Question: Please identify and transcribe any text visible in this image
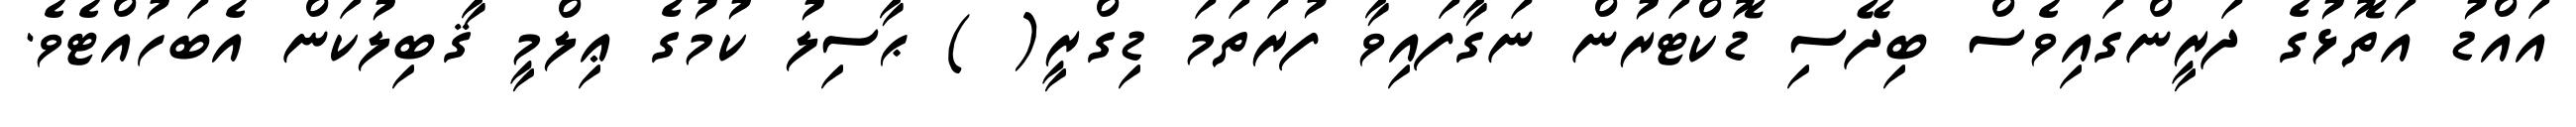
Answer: އައްޑު އަތޮޅުގެ ދަރީންގައިވެސް ބިދޭސި ޑޮކްޓަރުން ނަގާފައިވާ ފުރަތަމަ ޑިގްރީ( ) ޙާސިލު ކުމުގެ ޢިލްމީ ޤާބިލުކަން އެބަހުއްޓެވެ.